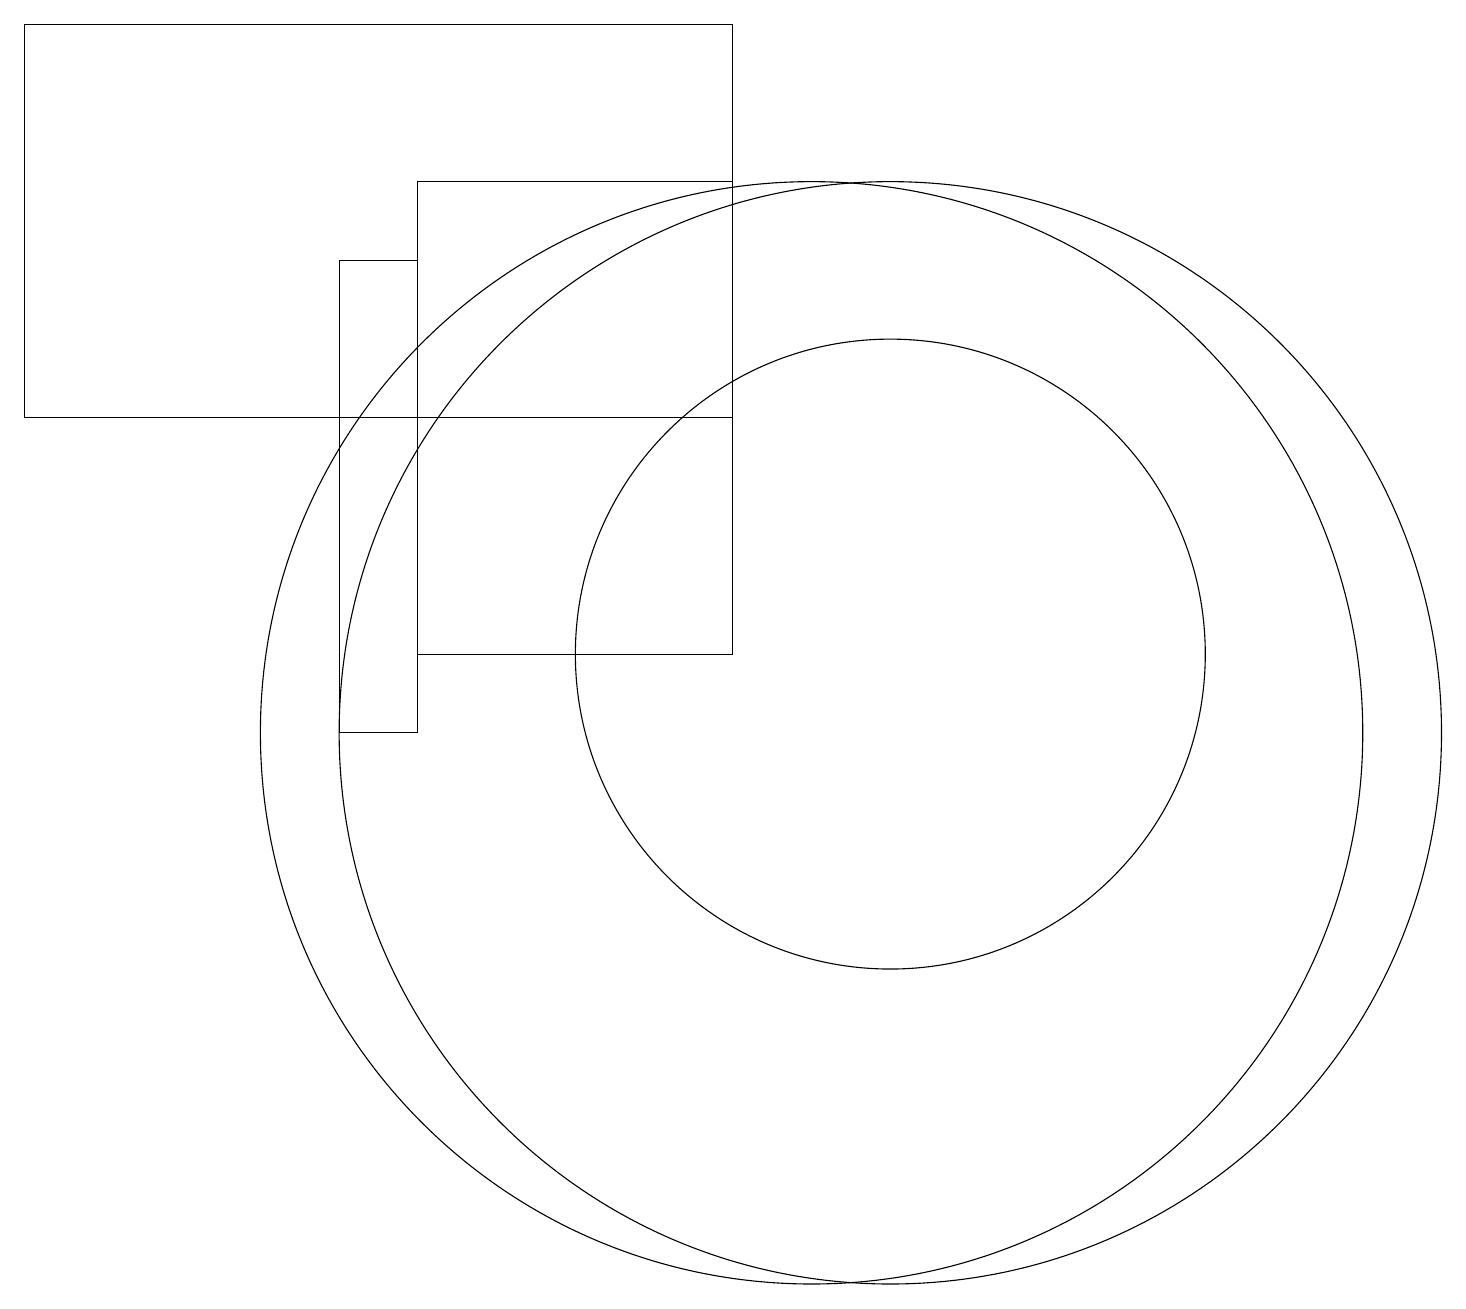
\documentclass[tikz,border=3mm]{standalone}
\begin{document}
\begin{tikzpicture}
\draw (11,11) circle (4);
\draw (5,11) rectangle (9,17);
\draw (5,10) rectangle (4,16);
\draw (11,10) circle (7);
\draw (10,10) circle (7);
\draw (9,14) rectangle (0,19);
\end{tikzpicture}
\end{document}